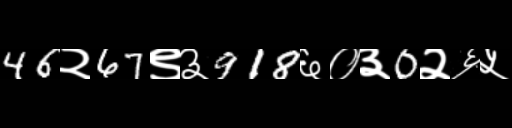
Text: 46२67९३918६०३0२६५